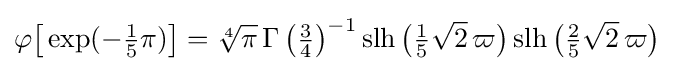
\varphi {\bigl [}\exp(-{\tfrac {1}{5}}\pi ){\bigr ]}={\sqrt[{4}]{\pi }}\,{\Gamma \left({\tfrac {3}{4}}\right)}^{-1}\operatorname {slh} {\bigl (}{\tfrac {1}{5}}{\sqrt {2}}\,\varpi {\bigr )}\operatorname {slh} {\bigl (}{\tfrac {2}{5}}{\sqrt {2}}\,\varpi {\bigr )}